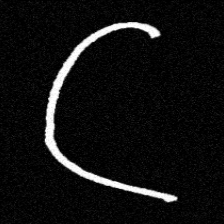
Pyu character \u2014 Myanmar letter: ဋ (romanized: tta)